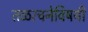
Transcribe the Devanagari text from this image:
तळरचनेविषयी